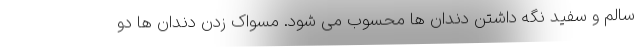
سالم و سفید نگه داشتن دندان ها محسوب می شود. مسواک زدن دندان ها دو